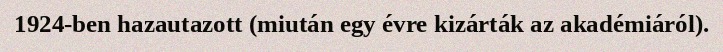
1924-ben hazautazott (miután egy évre kizárták az akadémiáról).